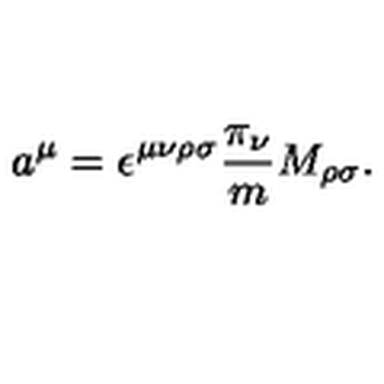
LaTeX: a ^ { \mu } = \epsilon ^ { \mu \nu \rho \sigma } \frac { \pi _ { \nu } } { m } M _ { \rho \sigma } .